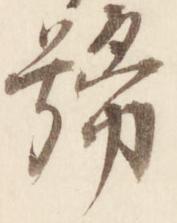
号